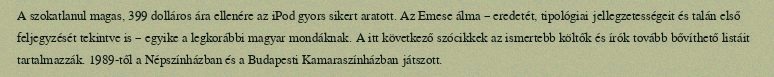
A szokatlanul magas, 399 dolláros ára ellenére az iPod gyors sikert aratott. Az Emese álma – eredetét, tipológiai jellegzetességeit és talán első feljegyzését tekintve is – egyike a legkorábbi magyar mondáknak. A itt következő szócikkek az ismertebb költők és írók tovább bővíthető listáit tartalmazzák. 1989-től a Népszínházban és a Budapesti Kamaraszínházban játszott.